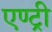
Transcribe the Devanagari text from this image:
एण्ट्री